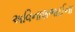
અવિનાશભાઈના